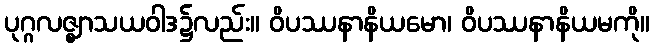
ပုဂ္ဂလဇ္ဈာသယဝါဒ၌လည်း။ ဝိပဿနာနိယမော၊ ဝိပဿနာနိယမကို။